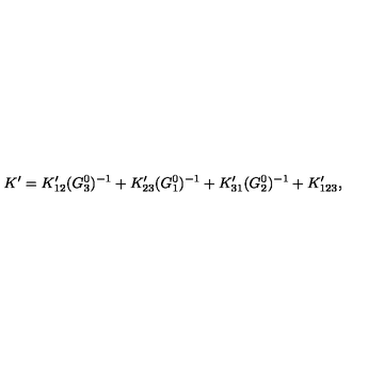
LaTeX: K ^ { \prime } = K _ { 1 2 } ^ { \prime } ( G _ { 3 } ^ { 0 } ) ^ { - 1 } + K _ { 2 3 } ^ { \prime } ( G _ { 1 } ^ { 0 } ) ^ { - 1 } + K _ { 3 1 } ^ { \prime } ( G _ { 2 } ^ { 0 } ) ^ { - 1 } + K _ { 1 2 3 } ^ { \prime } ,